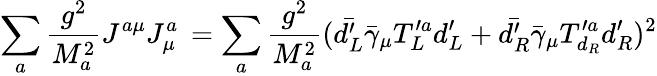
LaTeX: \sum_{a}{\frac{g^{2}}{M_{a}^{2}}}J^{a\mu}J_{\mu}^{a}\, =\sum_{a}{\frac{g^{2}}{M_{a}^{2}}}(\bar{d_{L}^{\prime}}\bar{\gamma}_{\mu}T_{L}^{\prime a}d_{L}^{\prime}+\bar{d_{R}^{\prime}}\bar{\gamma}_{\mu}T_{d_{R}}^{\prime a}d_{R}^{\prime})^{2}